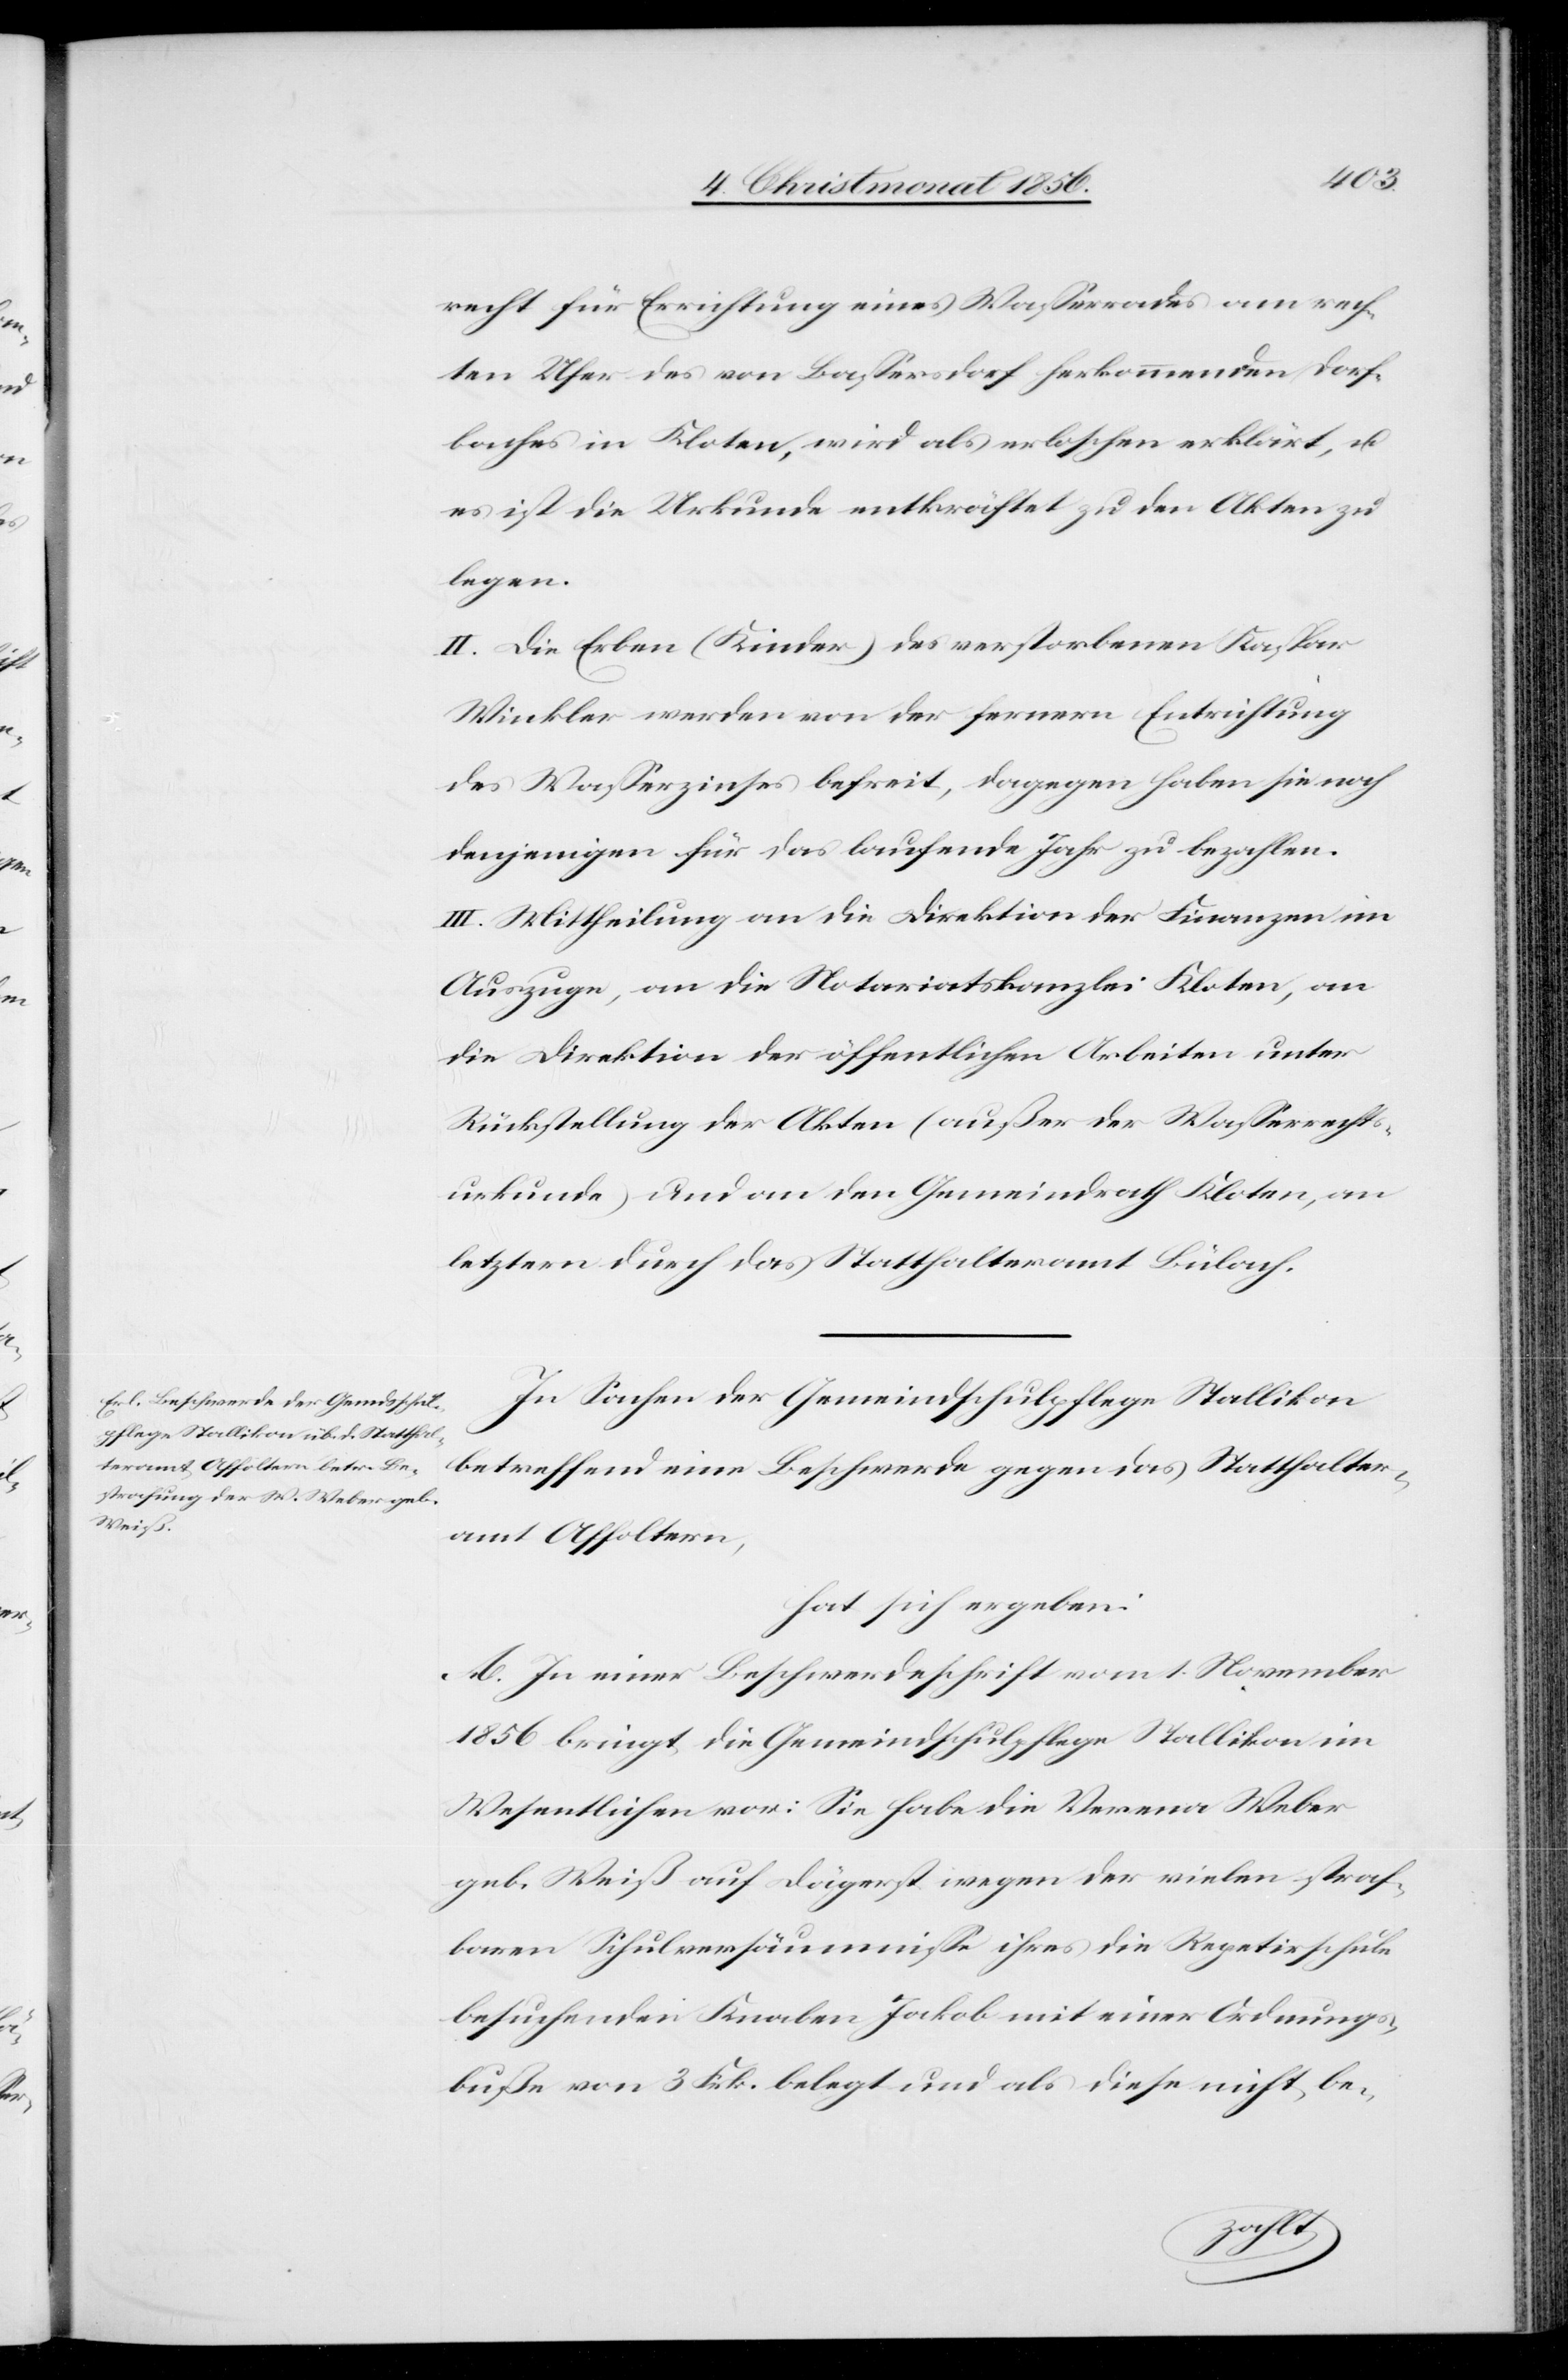
recht für Errichtung eines Wasserrades am rech¬
ten Ufer des von Bassersdorf herkommenden Dorf¬
baches in Kloten, wird als erloschen erklärt, u.
es ist die Urkunde entkräftet zu den Akten zu
legen.
II. Die Erben (Kinder) des verstorbenen Kaspar
Winkler werden von der fernern Entrichtung
des Wasserzinses befreit, dagegen haben sie noch
denjenigen für das laufende Jahr zu bezahlen.
III. Mittheilung an die Direktion der Finanzen im
Auszuge, an die Notariatskanzlei Kloten, an
die Direktion der öffentlichen Arbeiten unter
Rückstellung der Akten (außer der Wasserrechts¬
urkunde) und an den Gemeindrath Kloten, an
letztern durch das Statthalteramt Bülach.
In Sachen der Gemeindschulpflege Stallikon
betreffend eine Beschwerde gegen das Statthalter¬
amt Affoltern,
hat sich ergeben:
A. In einer Beschwerdeschrift vom 1. November
1856 bringt die Gemeindschulpflege Stallikon im
Wesentlichen vor: Sie habe die Verena Weber
geb. Weiß auf Dägerst wegen der vielen straf¬
baren Schulversäumnisse ihres die Repetirschule
besuchenden Knaben Jakob mit einer Ordnungs¬
buße von 3 Frk. belegt und als diese nicht be-